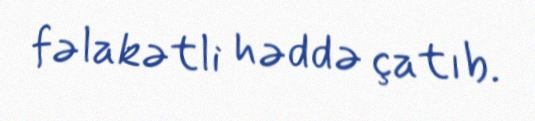
fəlakətli həddə çatıb.